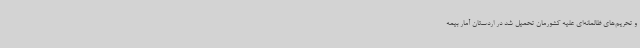
و تحریم‌های ظالمانه‌ای علیه کشورمان تحمیل شد در اردستان آمار بیمه